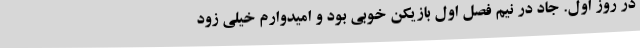
در روز اول. جاد در نیم فصل اول بازیکن خوبی بود و امیدوارم خیلی زود